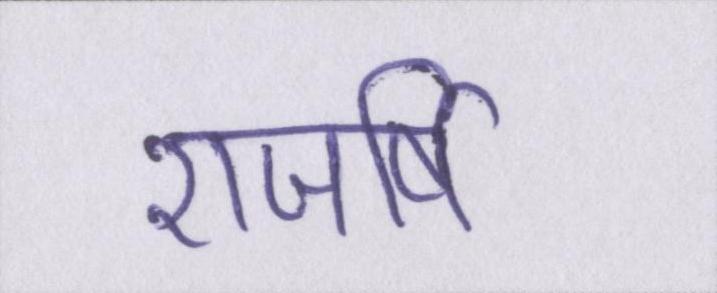
राजर्षि